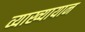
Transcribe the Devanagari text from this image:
व्याख्यायान